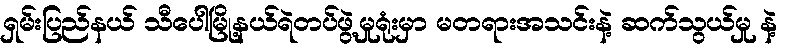
ရှမ်းပြည်နယ် သီပေါမြို့နယ်ရဲတပ်ဖွဲ့မှုရုံးမှာ မတရားအသင်းနဲ့ ဆက်သွယ်မှု နဲ့